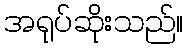
အရုပ်ဆိုးသည်။